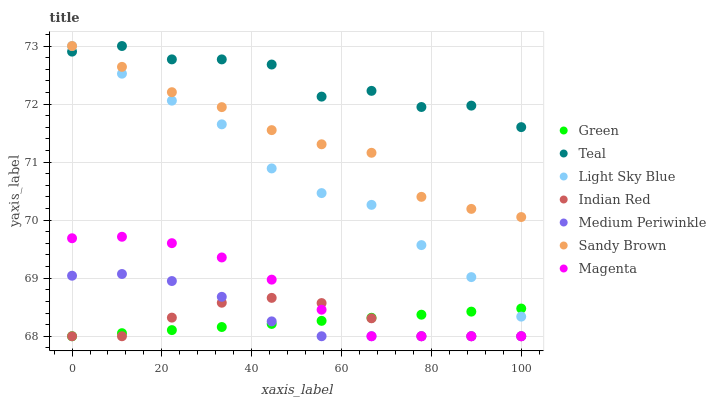
| xaxis_label | Green | Teal | Light Sky Blue | Indian Red | Medium Periwinkle | Sandy Brown | Magenta |
 | --- | --- | --- | --- | --- | --- | --- | --- |
 | 0 | 68 | 72.9 | 73 | 68 | 69 | 73 | 69.7 |
 | 11.1 | 68.1 | 73 | 72.5 | 68 | 69.1 | 72.6 | 69.7 |
 | 22.2 | 68.1 | 72.8 | 72.1 | 68.3 | 69 | 72.2 | 69.6 |
 | 33.3 | 68.2 | 72.8 | 71.7 | 68.6 | 68.7 | 71.9 | 69.4 |
 | 44.4 | 68.2 | 72.7 | 70.9 | 68.7 | 68.3 | 71.6 | 69 |
 | 55.6 | 68.3 | 72.1 | 70.5 | 68.6 | 68 | 71.3 | 68.5 |
 | 66.7 | 68.3 | 72.2 | 70.3 | 68.3 | 68 | 71.2 | 68 |
 | 77.8 | 68.4 | 71.9 | 69.6 | 68 | 68 | 70.4 | 68 |
 | 88.9 | 68.4 | 72 | 69 | 68 | 68 | 70.2 | 68 |
 | 100 | 68.5 | 71.6 | 68.3 | 68 | 68 | 70.1 | 68 |